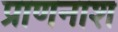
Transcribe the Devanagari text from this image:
प्राणनाश